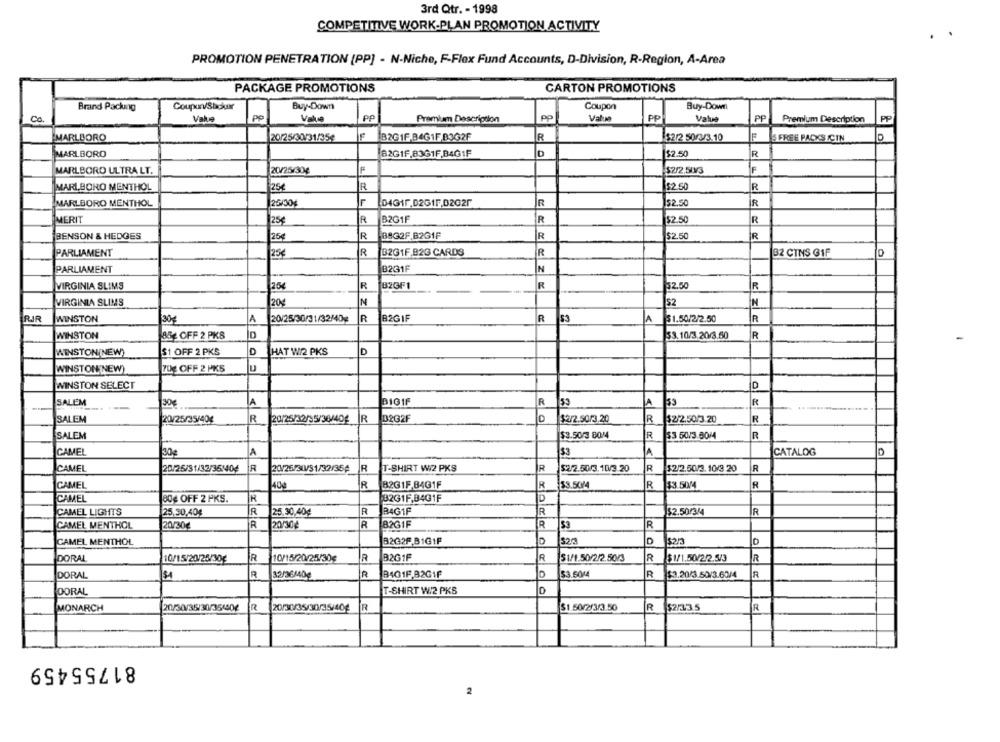
3rd Qtr. - 1998
COMPETITIVE WORK-PLAN PROMOTION ACTIVITY
PROMOTION PENETRATION (PP] - N-Nicho, F-Flex Fund Accounts, D-Division, R-Region, A-Area
PACKAGE PROMOTIONS
CARTON PROMOTIONS
Brand Packing
Coupon/Sbcker
Buy-Down
Coupon
Buy-Down
Co.
Vak
pp
PP
Premium Description
Valuma
PP
Value
PP
Premium Description
PP
MARLBORO
20/25/30/31/35¢
B2GIF B4G1F.B3G2F
R
$2/2 50/3/3.10
F
S FREE PACKS ICIN
MARLBORO
82G1F.83G1F.B4G1F
$2.50
R
MARLBORO ULTRA LT.
20/25/30¢
$2/2.50/3
F
25€
R
$2.50
R
MARLBORO MENTHOL
MARLBORO MENTHOL
25/30%
L
DIGIr.D2GIF,02G25
R
$2.50
R
MERIT
25€
R
B2G1F
R
$2.50
R
BENSON & HEDGES
25€
R
38G2F.B2GIF
R
$2.50
R
PARLIAMENT
25€
R
B2GIF 82G CARDS
32 CINS GIF
B231F
N
PARLIAMENT
VIRGINIA SLIMS
200
R
182GF1
R
32.50
R
VIRGINIA SLIMS
20
N
52
N
RJR
WINSTON
30g
A
20/25/30/31/32/40g
R
B2GIF
R
53
A
$ 1.50/2/2.50
R
WINSTON
85 OFF 2 PKS
33.10/3.20/3.50
R
WINSTON(NEW)
$1 OFF 2 PKS
D
HAT W/2 PKS
D
WINSTON(NEW)
7DE OFF 2 PKS
WINSTON SELECT
D
A
D101F
R
R
SALEM
30g
53
SALEM
20/25/35/404
R
20/25/12/95/36/406
R
D2G2F
$2/2.50/3.20
R
32/2.50/3.20
R
SALEM
$3.50/3 BOX4
R
33 50/3.60/4
R
CAMEL
30g
JA
33
A
CATALOG
D
CAMEL
20/25/31/32/35:404
R
20/25/30/31/32/35¢
R
T-SHIRT WI2 PKS
R
5/2.50/3.10/3.20
R
$2/2.50/3.10/3 20
R
CAMEL
40g
R
B2G1F.84G1F
R
53.50/4
R
13:3.5004
R
CAMEL
80€ OFF 2 PKS.
R
32G1F.B4G1F
D
CAMEL LIGHTS
25,30,40€
R
25.30,40€
R
BAG1F
R
$2.50/3/4
R
CAMEL MENTHOL
20/30€
R
20/30€
R
82GIF
R
53
R
CAMEL MENTHOL
B2G2F.B1G1F
D
D
D
DORAL
R
10/15/20/25/30¢
R
B261F
R
$1/1.50/2/2.50/3
R
$1/1.50/2/2.5/3
R
10/15/20/25/30€
DORAL
R
32/36/40€
R
BAG1F.B2GIF
33.60/4
R
$3.20/3.50/3.60/4
R
DORAL
T-SHIRT W/2 PKS
MONARCH
20/30/35/30/354504 R 20/30/35/30/35/404 R
$1.50/2/3/3.50
R
$2/23.5
R
81755459
2